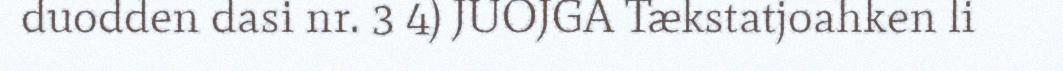
duodden dasi nr. 3 4) JUOJGA Tækstatjoahken li